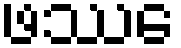
ဖဿေ